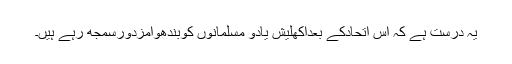
یہ درست ہے کہ اس اتحادکے بعداکھلیش یادو مسلمانوں کوبندھوامزدورسمجھ رہے ہیں۔